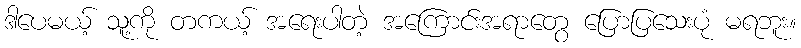
ဒါပေမယ့် သူ့ကို တကယ့် အရေးပါတဲ့ အကြောင်းအရာတွေ ပြောပြသေးပုံ မရဘူး။